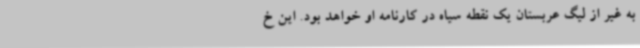
به غیر از لیگ عربستان یک نقطه سیاه در کارنامه او خواهد بود. این خ